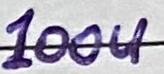
Text: 100u